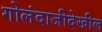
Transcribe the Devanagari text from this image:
गोलंदाजीदेखील